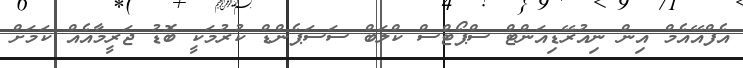
އެފްއޭއެމް އިން ނިއުރޭޑިއަންޓް ސްޕޯޓްސް ކްލަބް ސަސަޕެންޑް ކުރުމަކީ ބޮޑު ޖަރީމާއެއް ކަމަށް